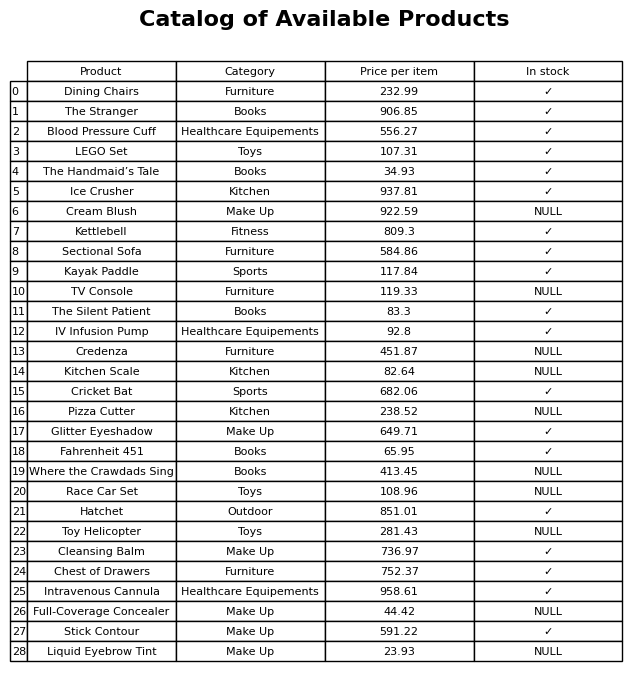
question: What is the price of the Dining Chairs?
answer: The price of Dining Chairs is 232.99.